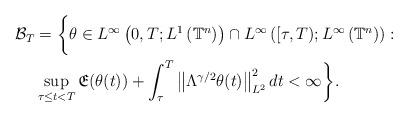
LaTeX: \begin{align*} \mathcal{B}_T&=\bigg\{\theta \in L^{\infty}\left(0,T; L^{1}\left(\mathbb{T}^{n}\right)\right) \cap L^{\infty}\left([\tau,T); L^{\infty}\left(\mathbb{T}^{n}\right)\right):\\ & \sup_{\tau\leq t<T} \mathfrak{E}(\theta(t)) + \int^{T}_{\tau}\left\|\Lambda^{\gamma/2}\theta(t)\right\|^{2}_{L^{2}}dt<\infty \bigg\}. \end{align*}